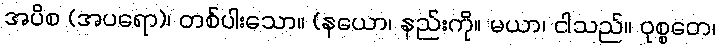
အပိစ (အပရော)၊ တစ်ပါးသော။ (နယော၊ နည်းကို။ မယာ၊ ငါသည်။ ဝုစ္စတေ၊